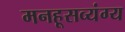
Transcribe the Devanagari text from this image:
मनहूसव्यंग्य